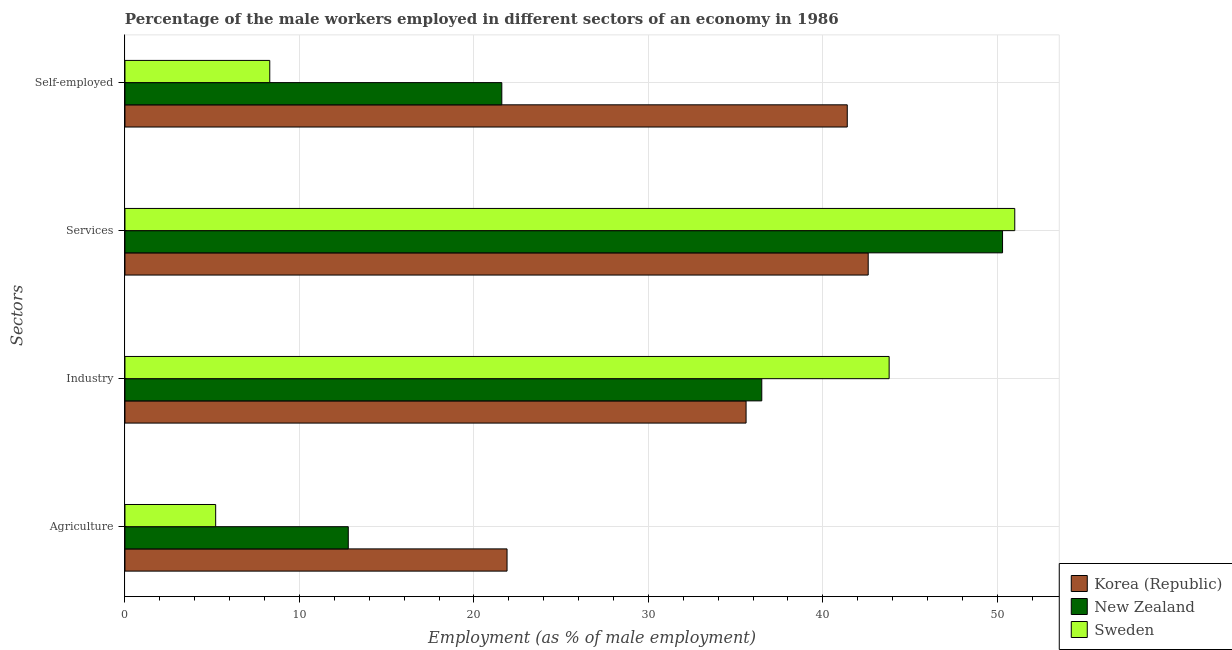
| Sectors | Korea (Republic) | New Zealand | Sweden |
 | --- | --- | --- | --- |
 | Agriculture | 21.9 | 12.8 | 5.2 |
 | Industry | 35.6 | 36.5 | 43.8 |
 | Services | 42.6 | 50.3 | 51 |
 | Self-employed | 41.4 | 21.6 | 8.3 |